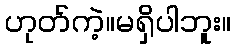
ဟုတ်ကဲ့။မရှိပါဘူး။